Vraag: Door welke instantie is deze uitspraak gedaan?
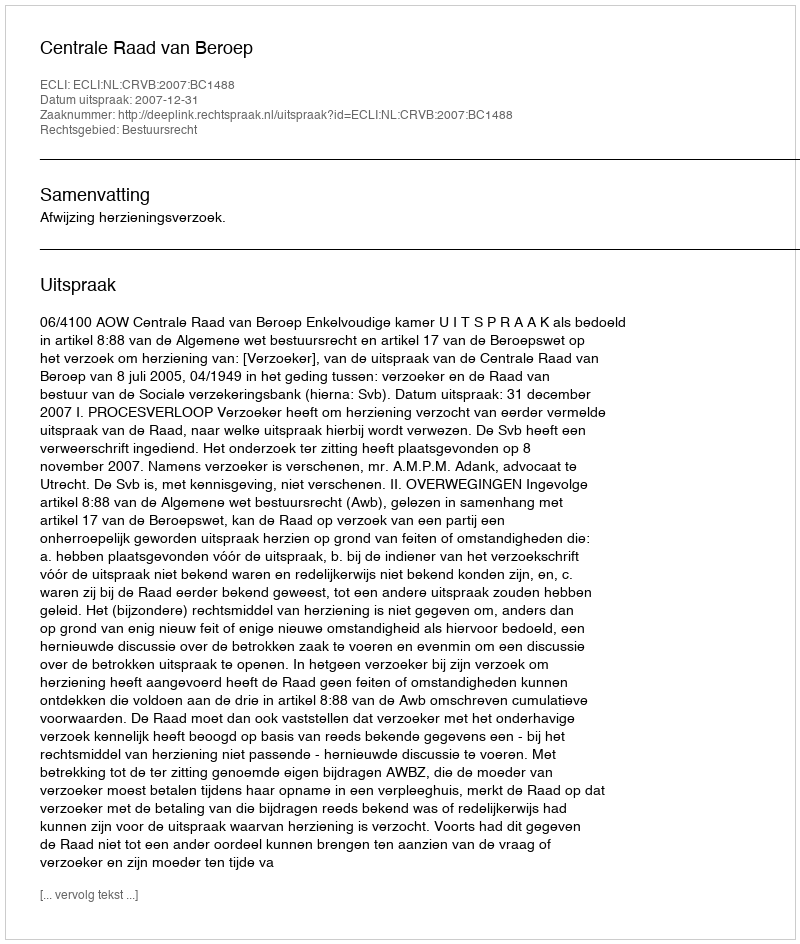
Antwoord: Centrale Raad van Beroep